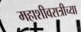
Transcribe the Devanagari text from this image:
महाशीवरात्रीच्या